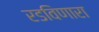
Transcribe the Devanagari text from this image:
रडविणारा